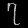
Digit: ၇